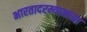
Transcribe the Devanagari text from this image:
भारतादरम्यानच्या